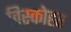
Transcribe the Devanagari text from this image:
विस्कोहर